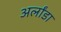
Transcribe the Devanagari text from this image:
अर्लांडा